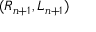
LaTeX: ( R _ { n + 1 } , L _ { n + 1 } )